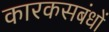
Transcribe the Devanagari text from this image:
कारकसबंधों